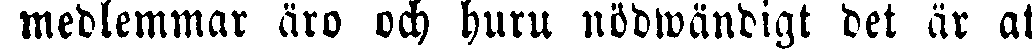
medlemmar äro och huru nödwändigt det är at